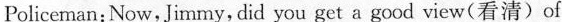
Policeman:Now,Jimmy, did you get a good view(看清)of